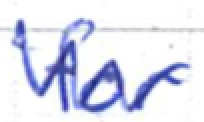
Text: for
Cross-out: mix
Writing tool: ballpoint